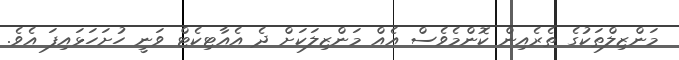
މަންޒިލްތަކުގެ ތެރެއިން ކޮންމެވެސް އެއް މަންޒިލަކަށް ދެ އެއާޓިކެޓް ވަނީ ހުށަހަޅައިފަ އެވެ.